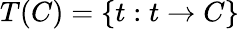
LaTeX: T(C)=\{ t:t\to C\}